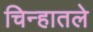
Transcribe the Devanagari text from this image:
चिन्हातले